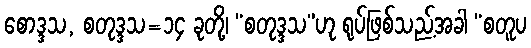
စောဒ္ဒသ, စတုဒ္ဒသ=၁၄ ခုတို့၊ “စတုဒ္ဒသ”ဟု ရုပ်ဖြစ်သည့်အခါ “စတူပ